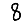
Digit: 8